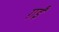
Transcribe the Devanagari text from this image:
ग़ईं